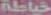
خياطة